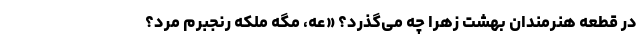
در قطعه هنرمندان بهشت زهرا چه می‌گذرد؟ «عه، مگه ملکه رنجبرم مُرد؟